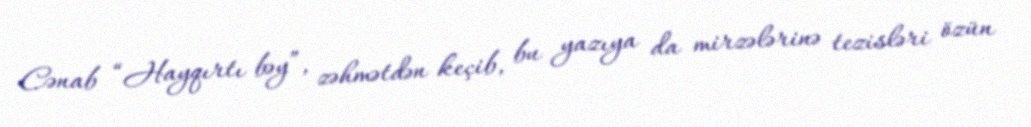
Cənab “Hayqırtı bəy”, zəhmətdən keçib, bu yazıya da mirzələrinə tezisləri özün